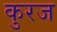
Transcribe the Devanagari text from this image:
कुरज